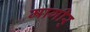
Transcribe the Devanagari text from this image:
मागीर्